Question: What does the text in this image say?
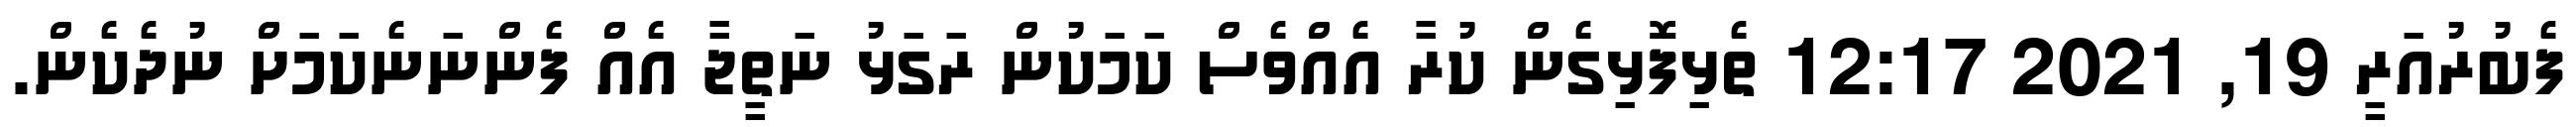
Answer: ފެބުރުއަރީ 19, 2021 12:17 ތެޅިފޮޅިގެން ކުރާ އެއްވެސް ކަމަކުން ރަގަޅު ނަތީޖާ އެއް ފެންނަނެކަމަށް ނުދެކެން.